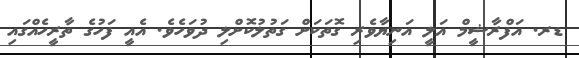
ޑރ. އަފްރާޝީމް އަލީ އަނިޔާވެރި ގޮތަކަށް ގަތުލުކޮށްލި ދުވަހެވެ. އެއީ ފަހުގެ ތާރީހެއްގައި